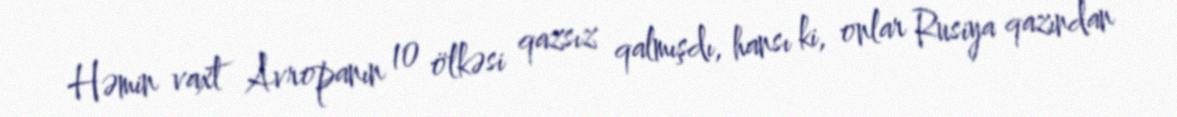
Həmin vaxt Avropanın 10 ölkəsi qazsız qalmışdı, hansı ki, onlar Rusiya qazından